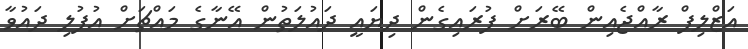
އަޒްލިފް ރާއްޖެއިން ބޭރަށް ފުރައިގެން ދިޔައީ ދައުލަތުން އޭނާގެ މައްޗަށް އުފުލި ދައުވާ